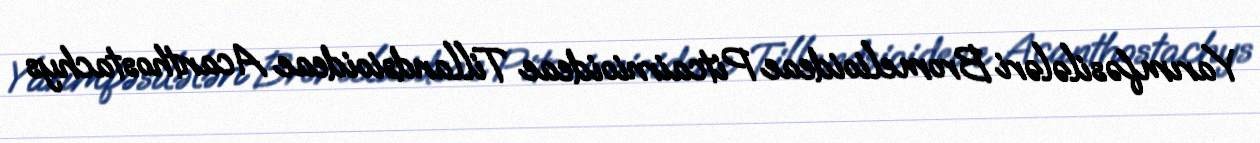
Yarımfəsilələri Bromelioideae Pitcairnioideae Tillandsioideae Acanthostachys